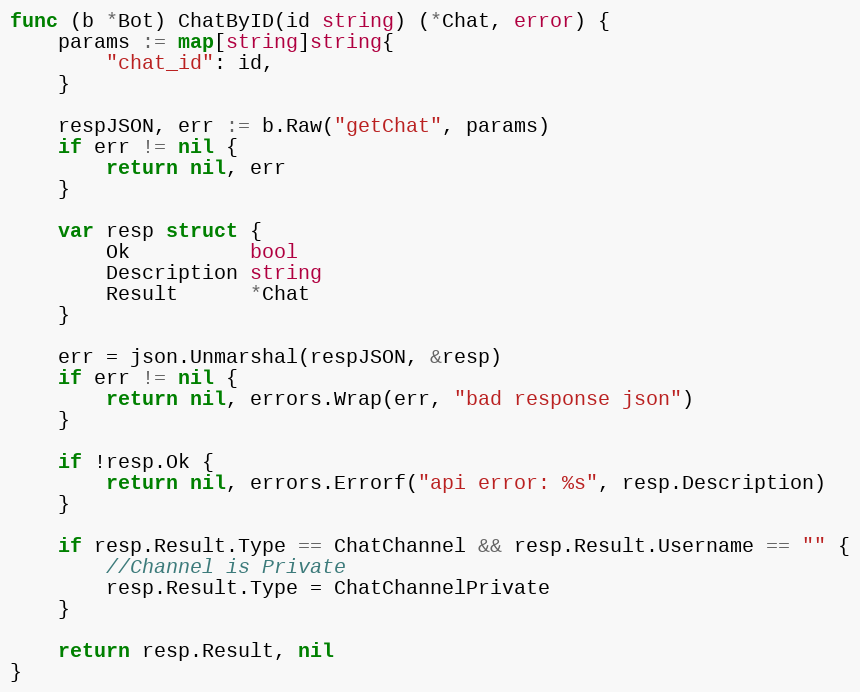
Language: Go
func (b *Bot) ChatByID(id string) (*Chat, error) {
	params := map[string]string{
		"chat_id": id,
	}

	respJSON, err := b.Raw("getChat", params)
	if err != nil {
		return nil, err
	}

	var resp struct {
		Ok          bool
		Description string
		Result      *Chat
	}

	err = json.Unmarshal(respJSON, &resp)
	if err != nil {
		return nil, errors.Wrap(err, "bad response json")
	}

	if !resp.Ok {
		return nil, errors.Errorf("api error: %s", resp.Description)
	}

	if resp.Result.Type == ChatChannel && resp.Result.Username == "" {
		//Channel is Private
		resp.Result.Type = ChatChannelPrivate
	}

	return resp.Result, nil
}